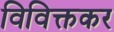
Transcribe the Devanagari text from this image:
विविक्तकर